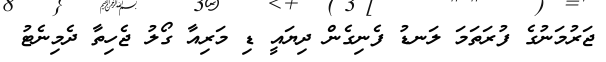
ޖަރުމަނުގެ ފުރަތަމަ ލަނޑު ފެނިގެން ދިޔައީ ޑި މަރިއާ ގޯލު ޖެހިތާ ދެމިނެޓު